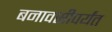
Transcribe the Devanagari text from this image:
बनावसीपर्यंत